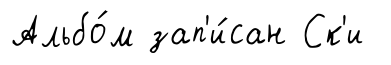
Альбо́м зап'и́сан Ск'и